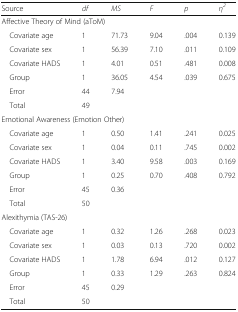
| Source | df | MS | F | p | η2 |
 | --- | --- | --- | --- | --- | --- |
 | <COLSPAN=6> Affective Theory of Mind (aToM) |
 | Covariate age | 1 | 71.73 | 9.04 | .004 | 0.139 |
 | Covariate sex | 1 | 56.39 | 7.10 | .011 | 0.109 |
 | Covariate HADS | 1 | 4.01 | 0.51 | .481 | 0.008 |
 | Group | 1 | 36.05 | 4.54 | .039 | 0.675 |
 | Error | 44 | 7.94 |  |  |  |
 | Total | 49 |  |  |  |  |
 | <COLSPAN=6> Emotional Awareness (Emotion Other) |
 | Covariate age | 1 | 0.50 | 1.41 | .241 | 0.025 |
 | Covariate sex | 1 | 0.04 | 0.11 | .745 | 0.002 |
 | Covariate HADS | 1 | 3.40 | 9.58 | .003 | 0.169 |
 | Group | 1 | 0.25 | 0.70 | .408 | 0.792 |
 | Error | 45 | 0.36 |  |  |  |
 | Total | 50 |  |  |  |  |
 | <COLSPAN=6> Alexithymia (TAS-26) |
 | Covariate age | 1 | 0.32 | 1.26 | .268 | 0.023 |
 | Covariate sex | 1 | 0.03 | 0.13 | .720 | 0.002 |
 | Covariate HADS | 1 | 1.78 | 6.94 | .012 | 0.127 |
 | Group | 1 | 0.33 | 1.29 | .263 | 0.824 |
 | Error | 45 | 0.29 |  |  |  |
 | Total | 50 |  |  |  |  |